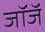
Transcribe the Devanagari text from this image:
जॉजॅ